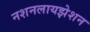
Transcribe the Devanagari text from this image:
नशनलायझेशन